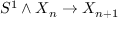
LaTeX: S ^ { 1 } \wedge X _ { n } \to X _ { n + 1 }